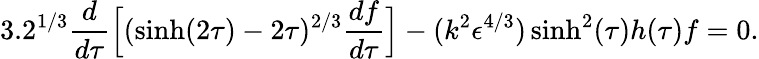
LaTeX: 3.2^{1/3}\frac{d}{d\tau}\Big[(\sinh(2\tau)-2\tau)^{2/3}\frac{df}{d\tau}\Big]-(k^{2}\epsilon^{4/3})\sinh^{2}(\tau)h(\tau)f=0.